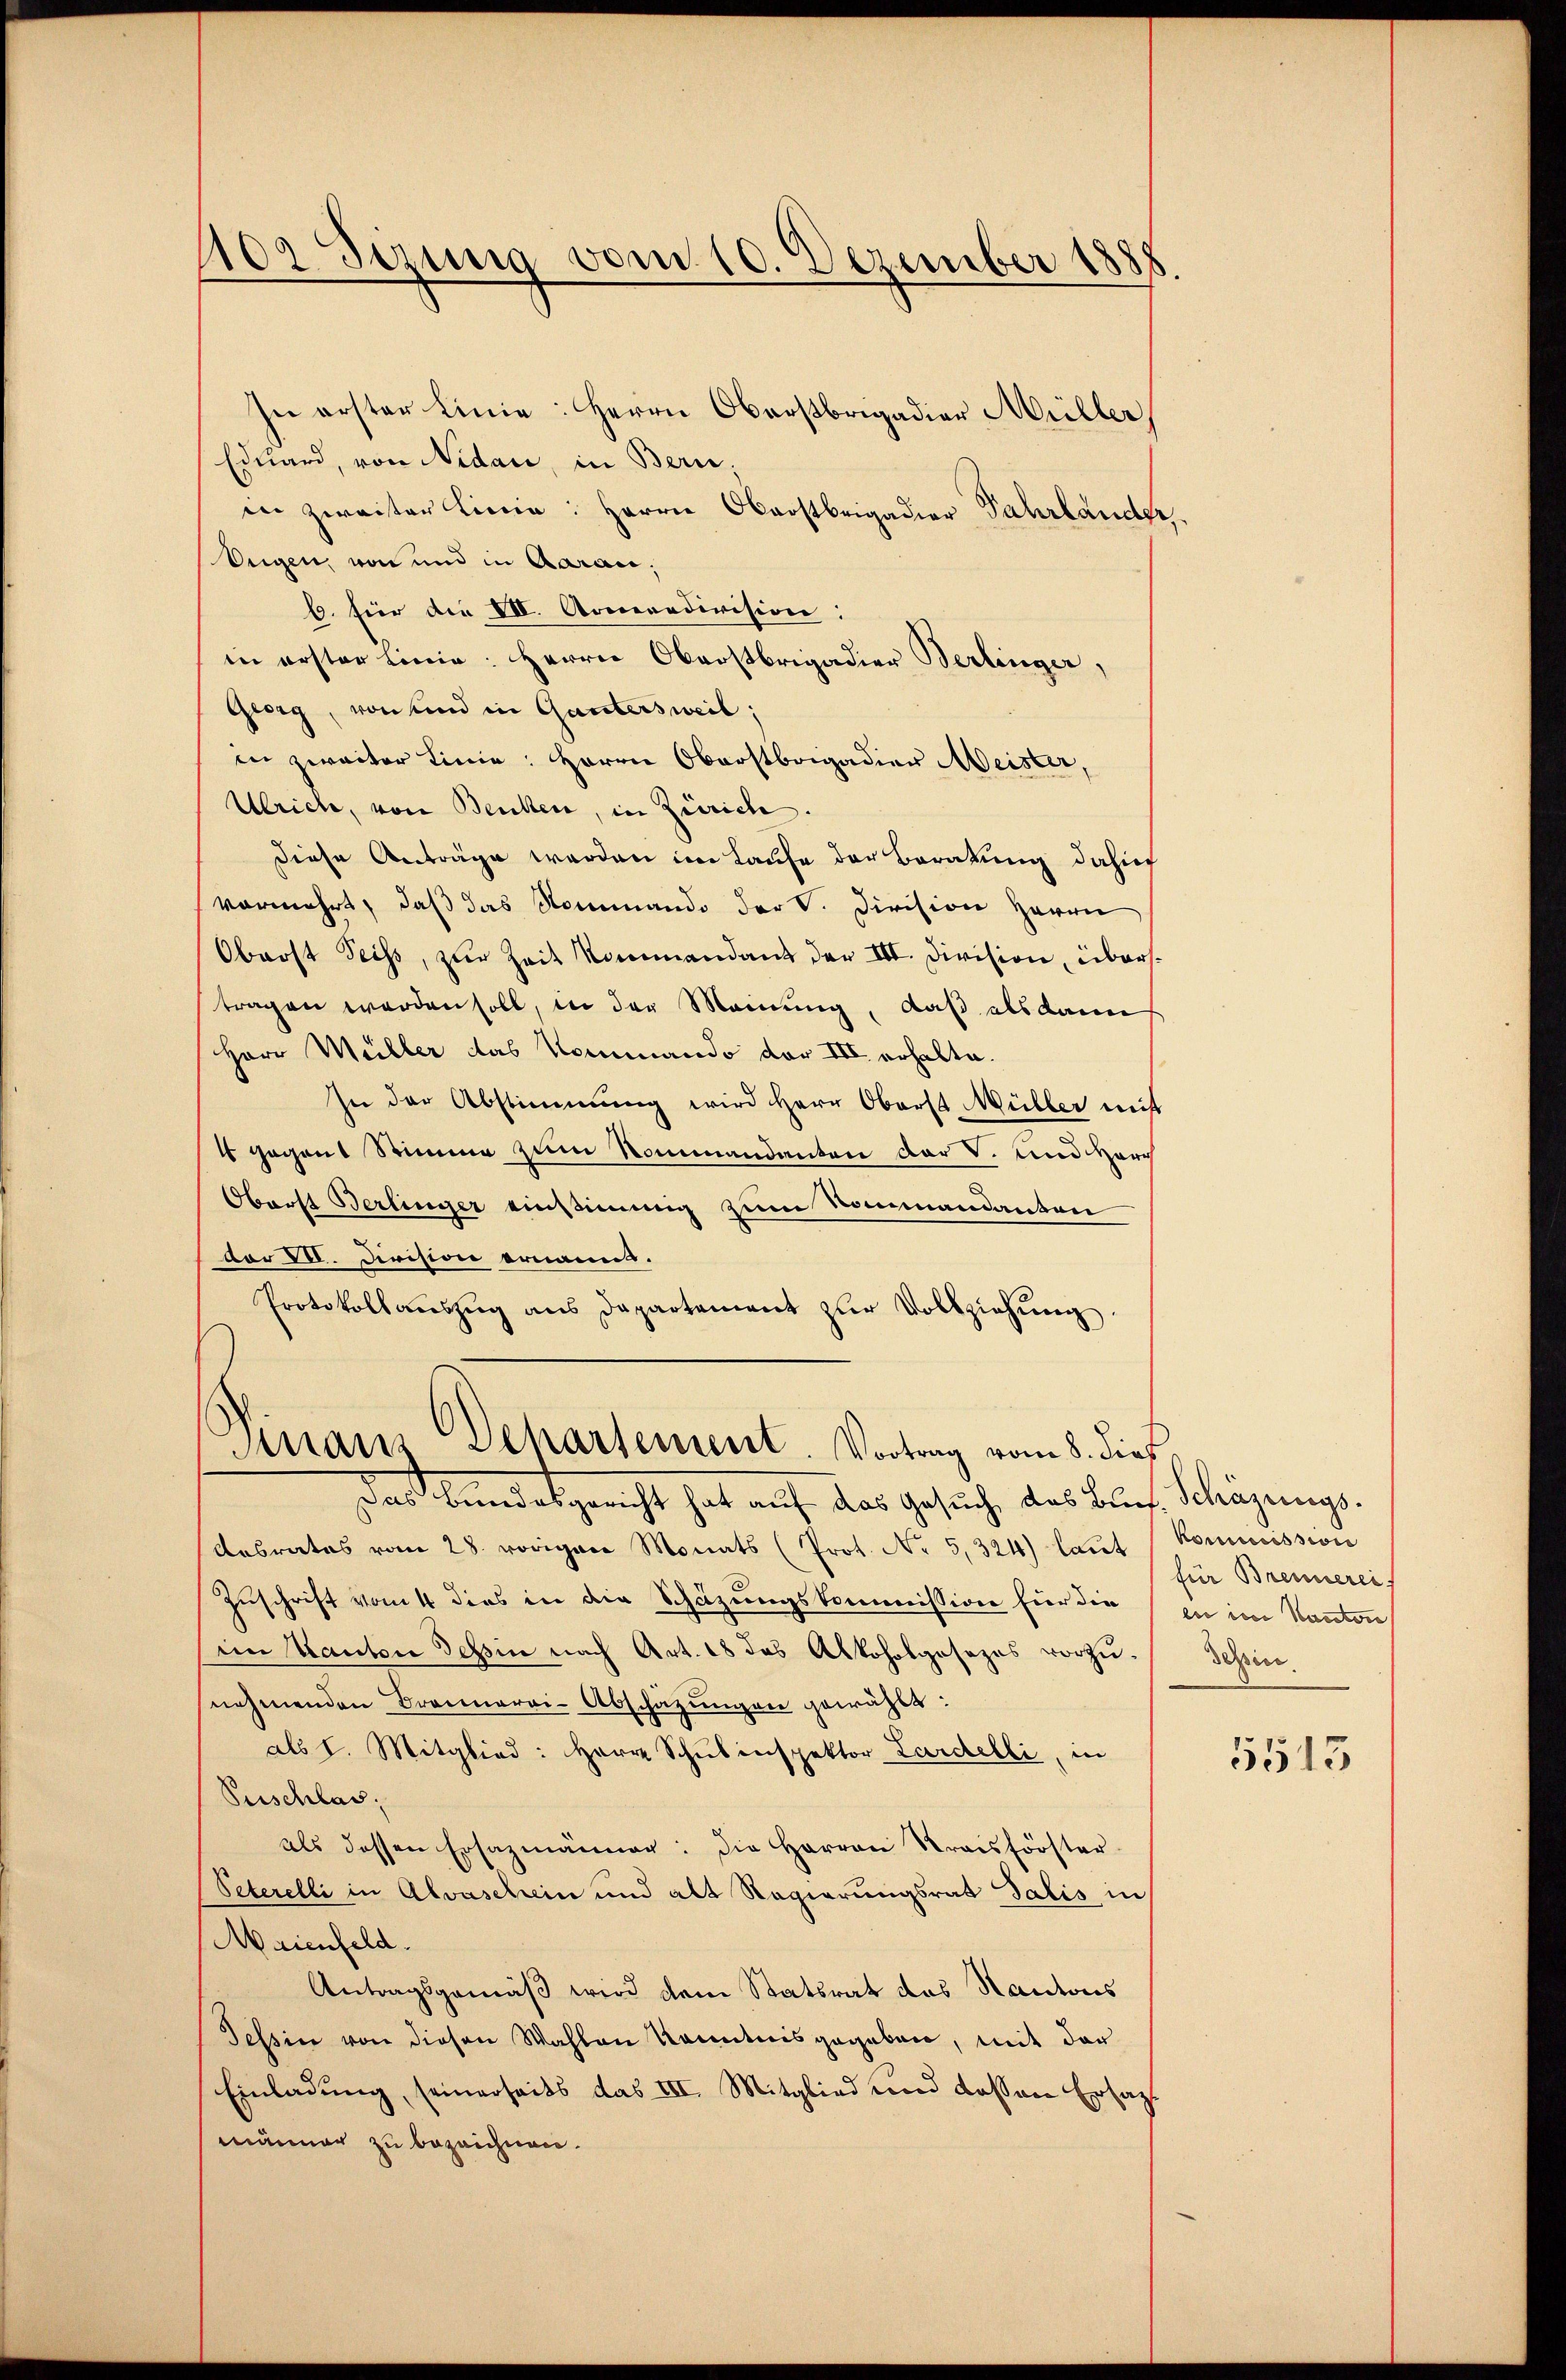
109 Sizung vom 10. Dezember 1888

In erster Linie: Herrn Oberstrigadier Müller
Eduard, von Nidau, in Bern,
in zweiter Linie: Herrn Oberstbeigadier Fahrländer.
Eugen, von und in Aarau,
6. fier die VII. Armeredivision:
in erster Linie: Herrn Oberstbrigadier Berlinger,
Georg, von und in Gantersweil,
in zweiter Linie: Herrn Oberstbrigadier Meister,
Ulriche, von Benken, in Zürich
diese Anträge werden im Kaufe der Beratung dahin
vermehrt, daß das Nommando der V. Division Herrn
Obrost Seiss, zur Zeit kommandant der III. Division, überstragen werden soll, in der Meinung, daß als dann
Herr Müller das Kommando der III. erhalte.
In der Abstimmung wird Herr Oberst Müller mit
4 gegent Stimme zum Kommandanten der S. und durch
Oberst Berlinger einstimmig zum Nommandanton
dor XVI. Division ernanns.
Protokollaŭszŭg ans Departement zŭr Vollziehŭng
Sinaus Departement. Vortrag vom 8. dieß
das bundesgericht hat auf das Gesuch, das Bruch Schägungs-
Aesrates vom 28. vorigen Monats (Prot. Nr 5,324) laŭt (Kommission
Zuschrift vom 4 dies in die Schazungskommission für die in im Kanton
im Kanton Tessin nach Art. 18 das Alkoholgesezes vorzunehmenden Braunerai-Abschäzungen gewählt:
als I. Mitglied: Herr Schulinspektor Lardelli, in
Puschlas
als dessen Ersazmänner: die Herren Kraisförster-
Peterelli in Alvaschein und als Regierungsrat Salis in
Maienfeld.
Antragsgemäß wird dem Statsrat das Kantons
Tessin von diesen Wahlen kanntnis gegeben, mit der
Einladung, seinerseits das III. Mitglied und dassen Ersatzmänner zu bezeichnen.

für Brennerei
Schine

5513